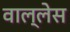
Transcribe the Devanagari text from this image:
वाल्लेस